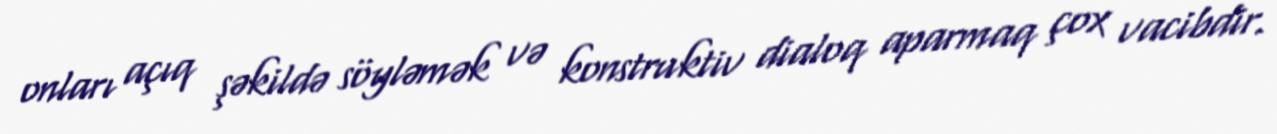
onları açıq şəkildə söyləmək və konstruktiv dialoq aparmaq çox vacibdir.